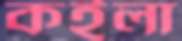
কইলা